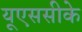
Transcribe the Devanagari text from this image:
यूएससीके